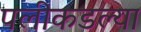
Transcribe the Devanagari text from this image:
पलीकडल्या